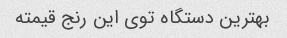
بهترین دستگاه توی این رنج قیمته